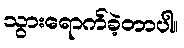
သွားရောက်ခဲ့တာပါ။